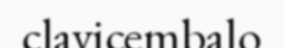
clavicembalo